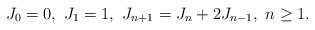
LaTeX: \begin{align*}J_{0}=0,\ J_{1}=1,\ J_{n+1}=J_{n}+2J_{n-1},\ n\geq1.\end{align*}